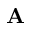
\mathbf { A }